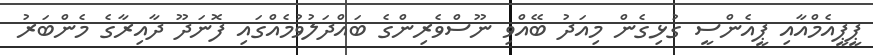
ޕީޕީއެމްއާއި ޕީއެންސީ ގުޅިގެން މިއަދު ބޭއްވި ނޫސްވެރިންގެ ބައްދަލުވުމެއްގައި ފޮނަދޫ ދާއިރާގެ މެންބަރު